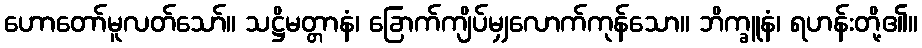
ဟောတော်မူလတ်သော်။ သဋ္ဌိမတ္တာနံ၊ ခြောက်ကျိပ်မျှလောက်ကုန်သော။ ဘိက္ခူနံ၊ ရဟန်းတို့၏။